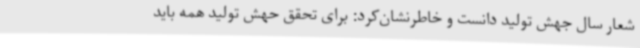
شعار سال جهش تولید دانست و خاطرنشان‌کرد: برای تحقق حهش تولید همه باید